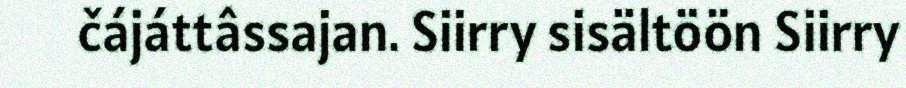
čájáttâssajan. Siirry sisältöön Siirry